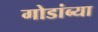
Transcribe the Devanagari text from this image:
गोडांब्या